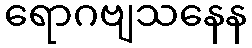
ရောဂဗျသနေန